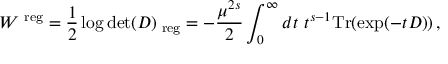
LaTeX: W ^ { \mathrm { \scriptsize ~ r e g } } = \frac 1 2 \log \operatorname * { d e t } ( D ) _ { \mathrm { \scriptsize ~ r e g } } = - \frac { \mu ^ { 2 s } } { 2 } \int _ { 0 } ^ { \infty } d t ~ t ^ { s - 1 } \mathrm { T r } ( \exp ( - t D ) ) \, ,